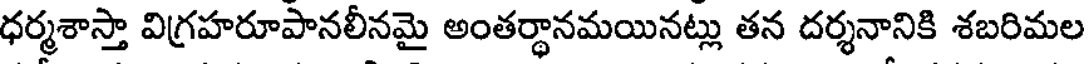
ధర్మశాస్తా విగ్రహరూపానలీనమై అంతర్థానమయినట్లు తన దర్శనానికి శబరిమల